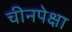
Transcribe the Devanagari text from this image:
चीनपेक्षा